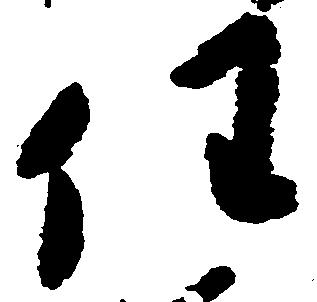
任